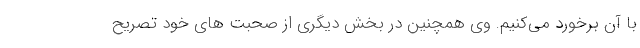
با آن برخورد می‌کنیم. وی همچنین در بخش دیگری از صحبت های خود تصریح